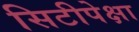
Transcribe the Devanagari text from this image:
सिटीपेक्षा